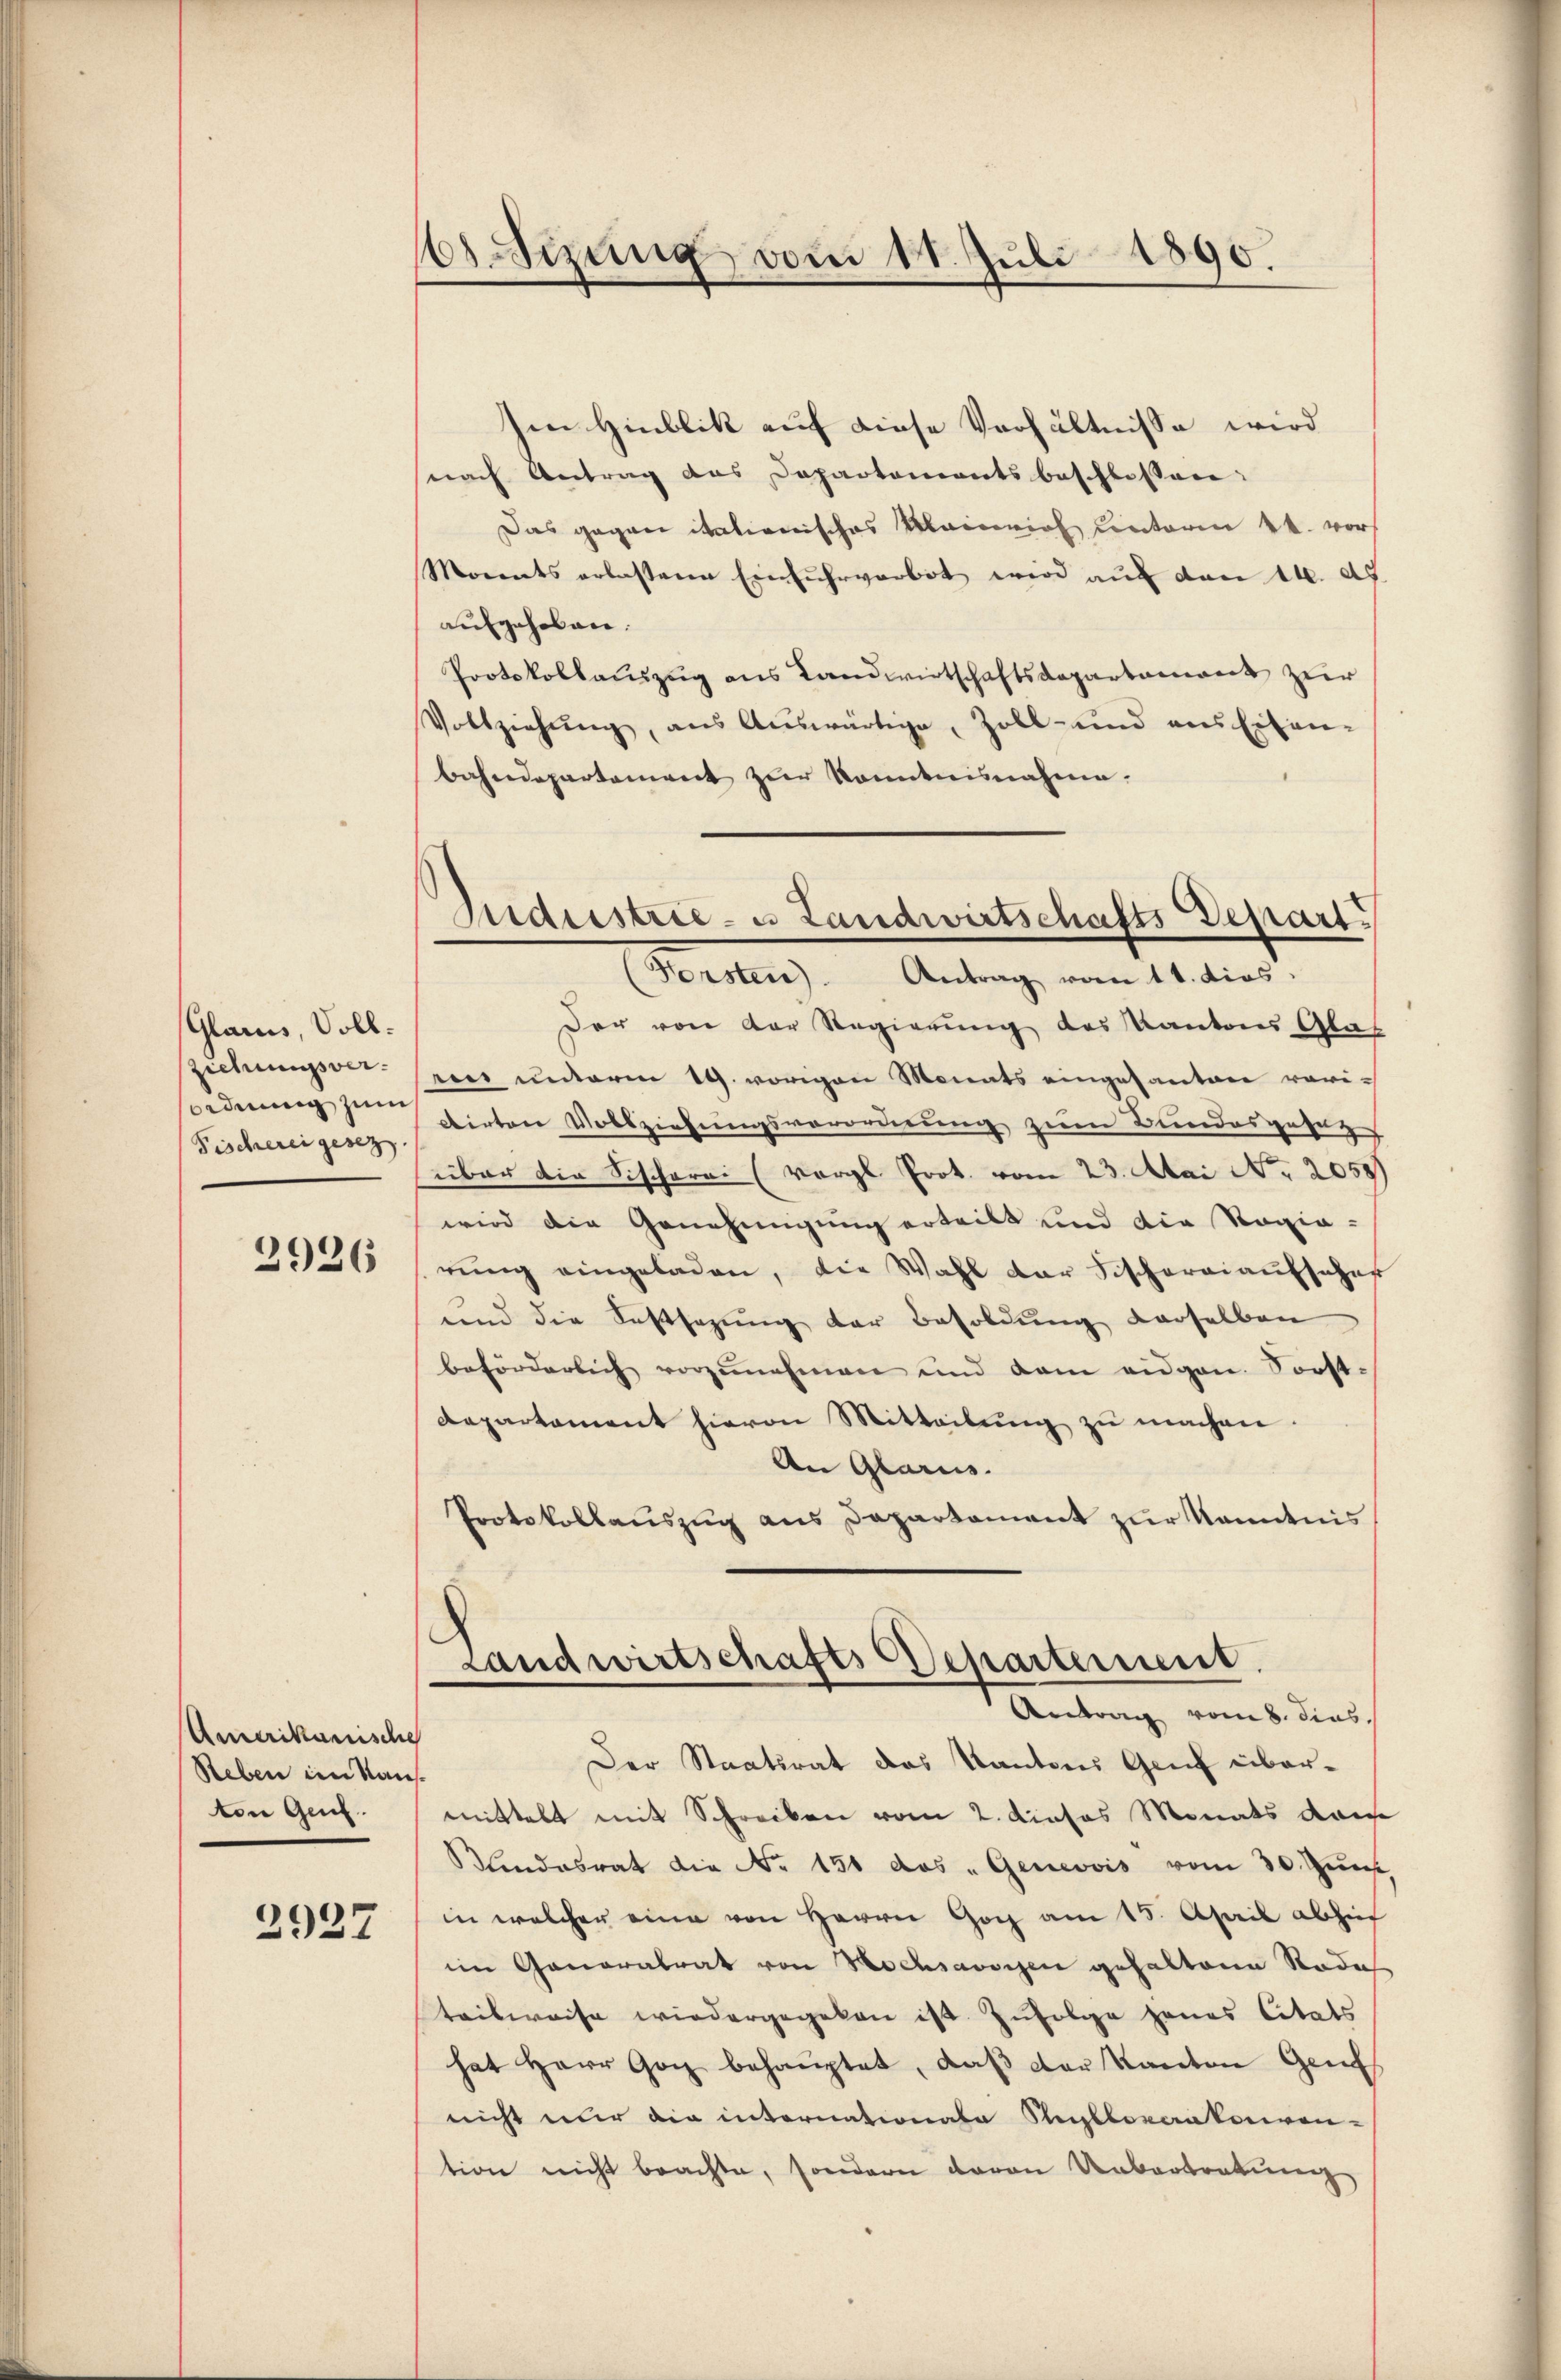
Glarus, Soll.
ziehungsversordnung zum
Fischerei gesez

2926

Amerikanische
Reben im Kauf.
ton Genf.

2927

Sizung vom 11. Juli 1890.

Im Hinblik auf diese Verhältnisse wird
nach Antrag das Departementsbeschlossen:
Das gegen itationisches Klaicio unterm 24. vors
Morents erlasteren Einfuhrverbot wird aŭf den 14. ds.
aufgehoben.
Protokollauszug aus Landwirtschaftsdepartement zur
Vollziehŭng, aus Aŭswärtige, Zoll- und ans Eisen-
bahndepartement zŭr Kenntnisnahme.
Der von der Regierung des Kantons Glas
me unterm 19. vorigen Monats eingesanten vori-
dirten Vollziehungsverordnung zum Bundesgeseg
über die Fischerei (vergl. Prot. vom 23. Mai Nr. 2050
wird die Genehmigung erteilt und die Ragia-
rung eingeladen, die Wahl der Fischereiaufsaches
und die Festsezung der Besoldung derselben
beförderlich vorzunehmen und dem eidgen. Sorst-
Repartament hievon Mitteilŭng zŭ machen.
An Glarus.
Protokollauszug aus Departement zur Kenntnis
Landwirtschafts Departement.
Antrag vom 8. dies
Der Staatsrat des Kantons Genf übermittelt mit Schreiben vom 2. Dieses Monats da
Kindesrat die No. 151 das „Genevois vom 30. Jun
in welcher eine von Herrn Gog am 15. April abhi
im Generalrat von Hochsavoyen gehaltene Rade
teilweise wiedergegeben ist. Zufolge jenes Citats
hat Herr Gotz behauptet, daß der Kanton Gen
nicht über die internationale Rektoraakoriren-
tion nicht brachte, sondern davon Uebertretung

Industrie- u Landwirtschafts Depart
Forsten). Antrag vom 11. dies